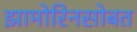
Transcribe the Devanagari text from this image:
झामोरिनसोबत